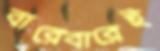
বারেবারেই